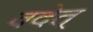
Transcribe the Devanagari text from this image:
वदेत्